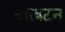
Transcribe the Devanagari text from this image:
आबटन